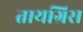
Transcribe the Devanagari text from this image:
तायग्रिस